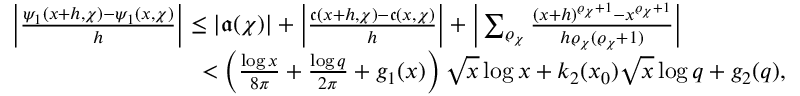
\begin{array} { r l } & { \left| \frac { \psi _ { 1 } ( x + h , \chi ) - \psi _ { 1 } ( x , \chi ) } { h } \right| \leq | \mathfrak { a } ( \chi ) | + \left| \frac { \mathfrak { c } ( x + h , \chi ) - \mathfrak { c } ( x , \chi ) } { h } \right| + \bigg | \sum _ { \varrho _ { \chi } } \frac { ( x + h ) ^ { \varrho _ { \chi } + 1 } - x ^ { \varrho _ { \chi } + 1 } } { h \varrho _ { \chi } ( \varrho _ { \chi } + 1 ) } \bigg | } \\ & { \qquad \qquad \qquad \qquad < \left( \frac { \log { x } } { 8 \pi } + \frac { \log { q } } { 2 \pi } + g _ { 1 } ( x ) \right) \sqrt { x } \log { x } + k _ { 2 } ( x _ { 0 } ) \sqrt { x } \log { q } + g _ { 2 } ( q ) , } \end{array}